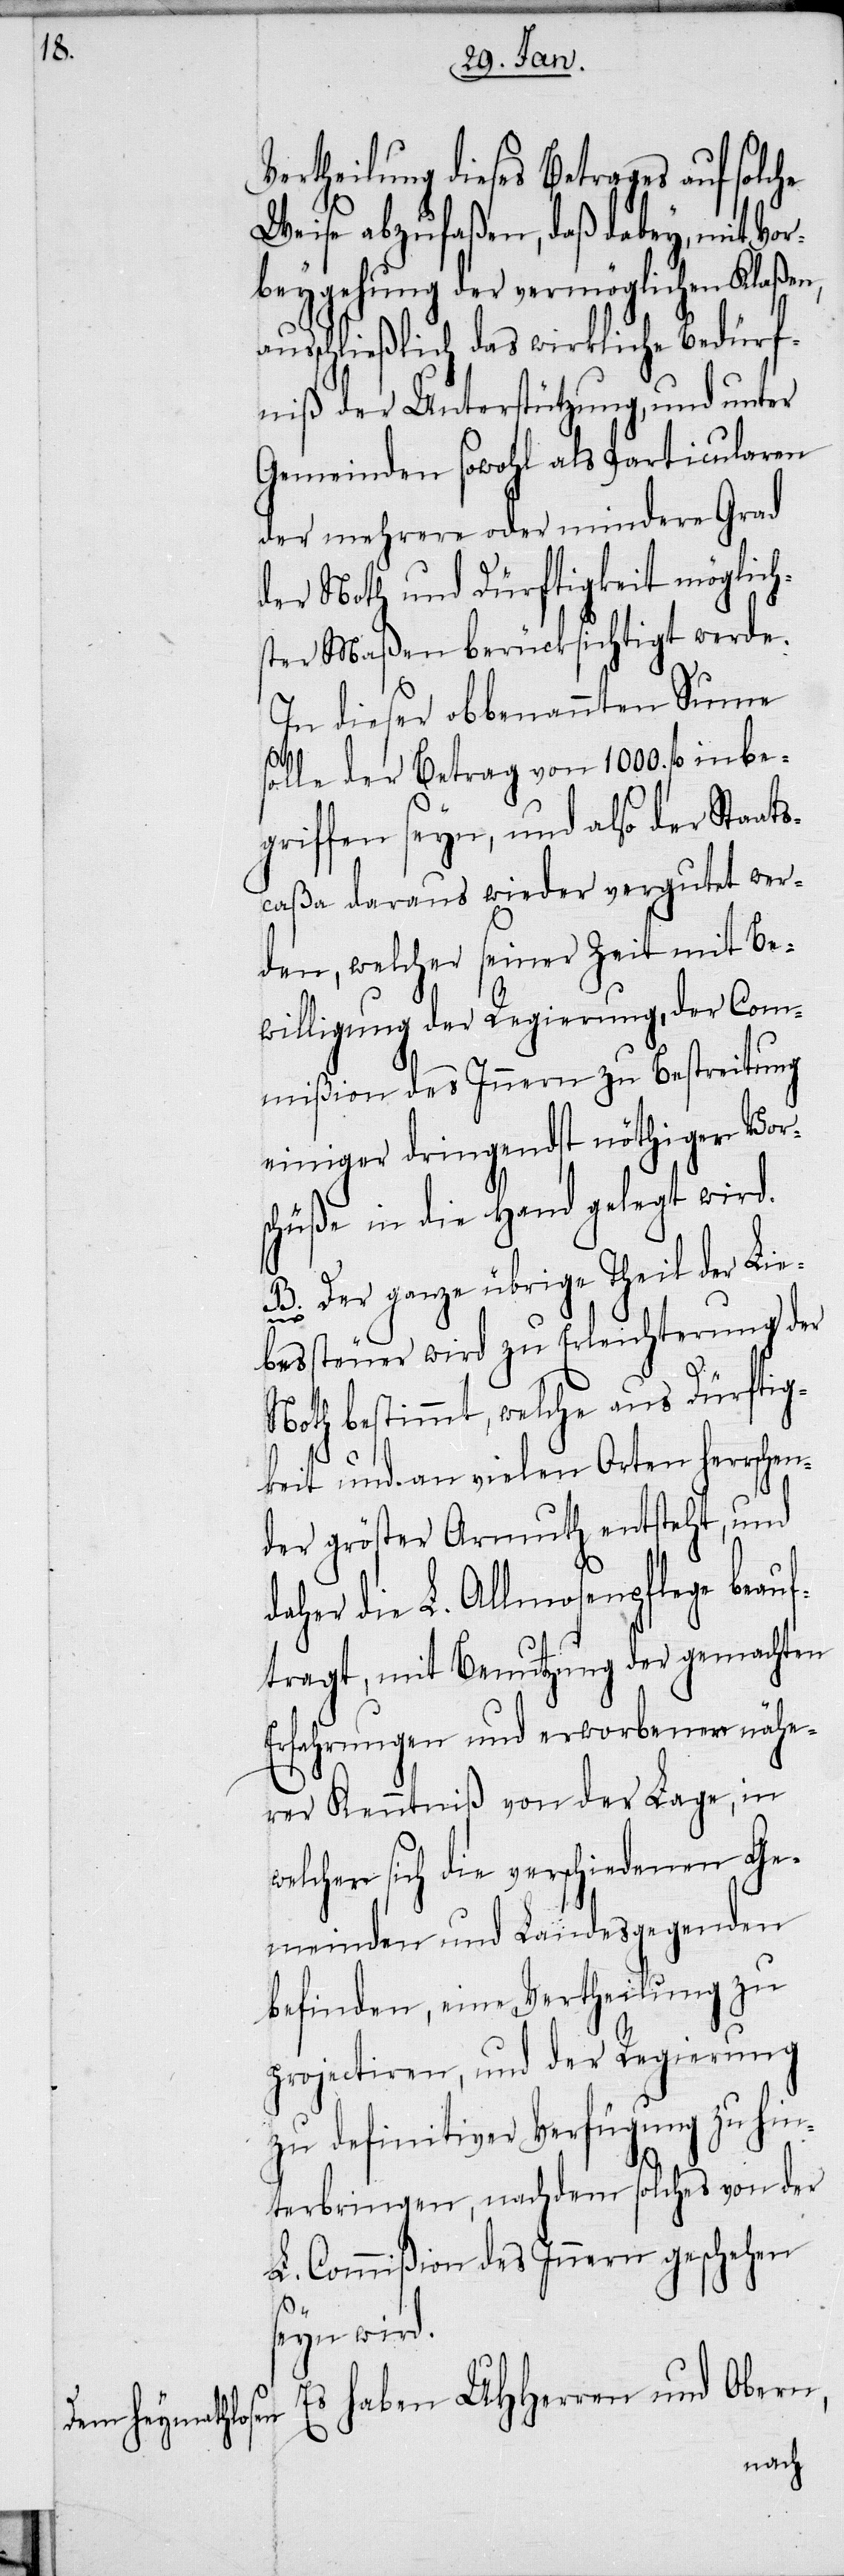
Vertheilung dieses Betrages auf solche
Weise abzufaßen, daß dabey, mit Vor¬
beygehung der vermöglichen Klaßen,
sschließlich das wirkliche Bedürf¬
niß der Unterstützung, und unter
Gemeinden sowohl als Particularen
der mehrere oder mindere Grad
der Noth und Dürftigkeit möglich¬
ster Maßen berücksichtigt werde.
In dieser obbenannten Summe
w¬
solle der Betrag von 1000. fl einbe¬
griffen seyn, und also der Staat¬
scaßa daraus wieder vergutet wer¬
den, welcher seiner Zeit mit Be¬
willigung der Regierung, der Com¬
mißion des Innern zu Bestreitung
einiger dringendst nöthiger Vors¬
chüße in die Hand gelegt wird.
B. Der ganze übrige Theil der Lie¬
bessteuer wird zu Erleichterung der
Noth bestimmt, welche aus Dürftig¬
keit und an vielen Orten herrschen¬
der gröster Armuth entsteht, und
aher die L. Allmosenpflege beau¬
ftragt, mit Benutzung der gemachten
Erfahrungen und erworbener nähe¬
rer Kenntniß von der Lage, in
elcher sich die verschiedenen Ge¬
meinden und Landesgegenden
befinden, eine Vertheilung zu
projectiren, und der Regierung
zu definitiver Verfügung zu hin¬
terbringen, nachdem solches von der
L. Commißion des Innern geschehen
seyn wird.
Es haben UHHerren und Obern,